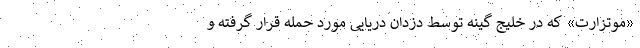
«موتزارت» که در خلیج گینه توسط دزدان دریایی مورد حمله قرار گرفته و